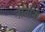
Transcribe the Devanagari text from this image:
नांवांनी